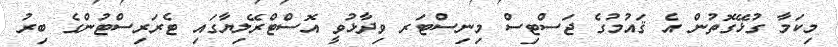
މިކަމާ ގުޅޭގޮތުން އެ ޤައުމުގެ ޖަސްޓިސް މިނިސްޓަރ ވިދާޅުވީ އޮސްޓްރޭލިޔާގައި ޓެރަރިސްޓުންގެ ބިރު